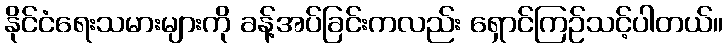
နိုင်ငံရေးသမားများကို ခန့်အပ်ခြင်းကလည်း ရှောင်ကြဉ်သင့်ပါတယ်။